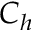
C _ { h }